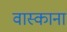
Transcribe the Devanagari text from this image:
वास्काना